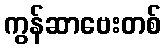
ကွန်ဆာဗေးတစ်